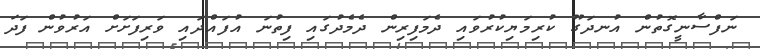
ނަފްސާނީގޮތުން އުނދަގޫ ކުރިމަޔިކުރުވައި ދެމަފިރިން ދެމެދުގައި ފިތުނަ އުފައްދައި ވަރިފަށަށް އަރުވުން ފަދަ